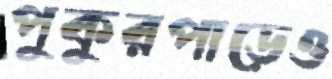
পুকুরপাড়েও